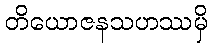
တိယောဇနသဟဿမှိ